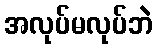
အလုပ်မလုပ်ဘဲ